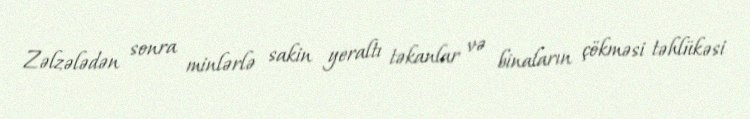
Zəlzələdən sonra minlərlə sakin yeraltı təkanlar və binaların çökməsi təhlükəsi